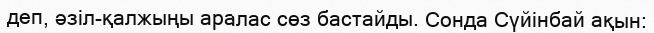
деп, әзіл-қалжыңы аралас сөз бастайды. Сонда Сүйінбай ақын: